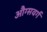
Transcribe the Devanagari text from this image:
औग्सवर्ग